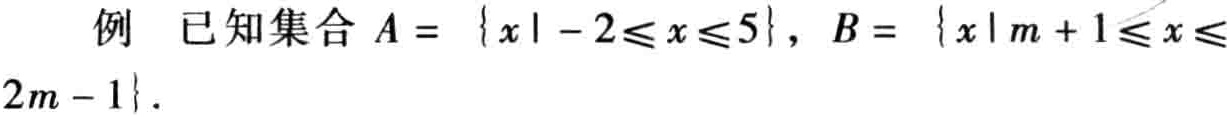
例 已知集合 \(A = \{x\mid - 2\leqslant x\leqslant 5\}\)，\(B = \{x\mid m + 1\leqslant x\leqslant 2m - 1\}\)．